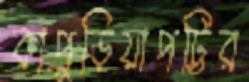
কাপুড়িয়াপট্টির